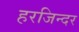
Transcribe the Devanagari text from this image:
हरजिन्दर